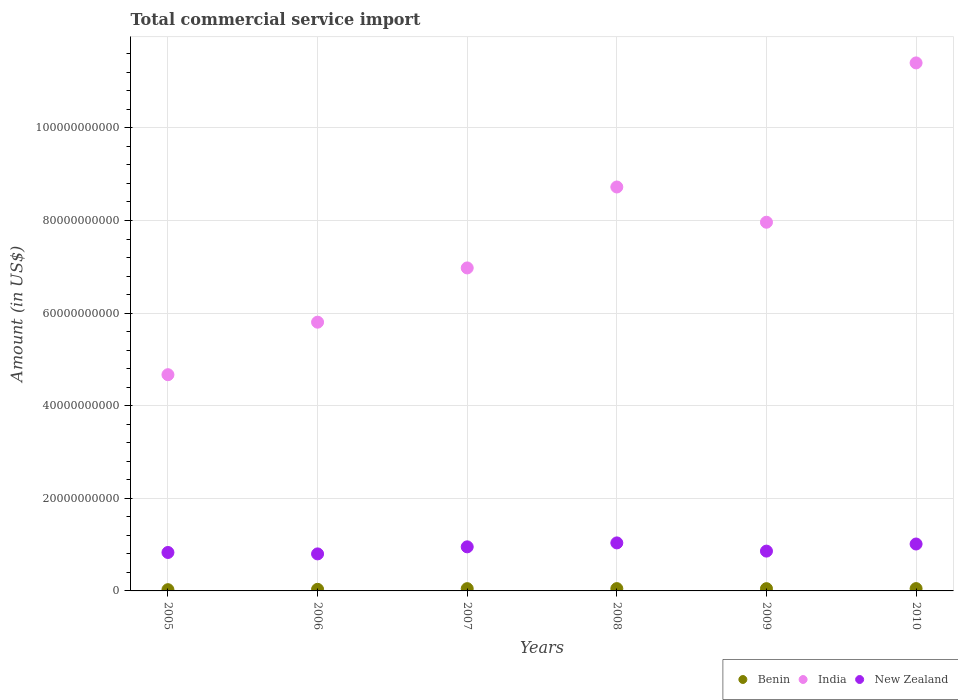
| Years | Benin | India | New Zealand |
 | --- | --- | --- | --- |
 | 2005 | 2.69e+08 | 4.67e+10 | 8.3e+09 |
 | 2006 | 3.46e+08 | 5.8e+10 | 8e+09 |
 | 2007 | 4.91e+08 | 6.98e+10 | 9.52e+09 |
 | 2008 | 5e+08 | 8.72e+10 | 1.04e+10 |
 | 2009 | 4.88e+08 | 7.96e+10 | 8.6e+09 |
 | 2010 | 5.03e+08 | 1.14e+11 | 1.01e+10 |